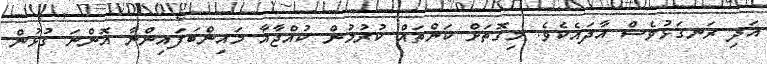
އަދި ރަނގަޅުވެސް އާދައެކެވެ. މިގޮތަށް ކަންތައް ކުރުމުން ކުއްޖާއާ މައިންބަފައިންނާ އޮންނަ ގުޅުން